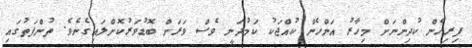
ފިރިހެން ކުދިންނަށް މިހާރު އަންހެން ކުއްޖަކު ކަމުދަނީ ވެސް ވަރަށް ބޮޑުވަރުކޮށްލައިގެނެވެ. ތުންފަތުގައި